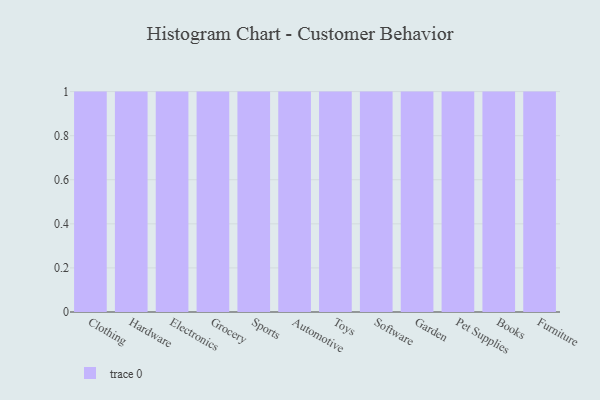
{"axis": {"x": "Category", "y": "Budget (USD K)"}, "legend": [""], "data": [{"x": "Clothing", "y": 100, "type": ""}, {"x": "Hardware", "y": 58, "type": ""}, {"x": "Electronics", "y": 55, "type": ""}, {"x": "Grocery", "y": 29, "type": ""}, {"x": "Sports", "y": 59, "type": ""}, {"x": "Automotive", "y": 99, "type": ""}, {"x": "Toys", "y": 44, "type": ""}, {"x": "Software", "y": 80, "type": ""}, {"x": "Garden", "y": 41, "type": ""}, {"x": "Pet Supplies", "y": 46, "type": ""}, {"x": "Books", "y": 1, "type": ""}, {"x": "Furniture", "y": 38, "type": ""}]}